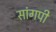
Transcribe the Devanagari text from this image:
सांगपी